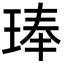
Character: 琫